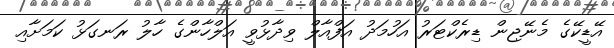
އޭޑީކޭގެ މެނޭޖިން ޑިރެކްޓަރު އަހުމަދު އަފްއާލް ވިދާޅުވީ އަލްހާންގެ ހާލު ރަނގަޅު ކަމަށާއި